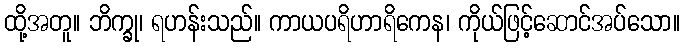
ထို့အတူ။ ဘိက္ခု၊ ရဟန်းသည်။ ကာယပရိဟာရိကေန၊ ကိုယ်ဖြင့်ဆောင်အပ်သော။